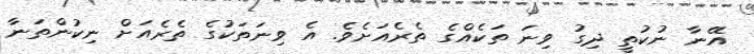
އޭނާ ނުކުތީ ދިގު ވިނަ ތަކެއްގެ ތެރެއަށެވެ. އެ ވިނަތަކުގެ ތެރެއަށް ނިކުންތަނާ